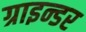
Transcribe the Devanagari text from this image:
ग्राइन्डर